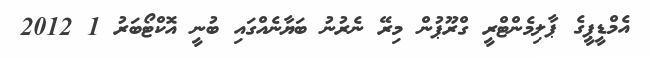
އެމްޑީޕީގެ ޕާލިމެންޓްރީ ގްރޫޕުން މިރޭ ނެރުނު ބަޔާނެއްގައި ބުނީ އޮކްޓޯބަރު 1 2012